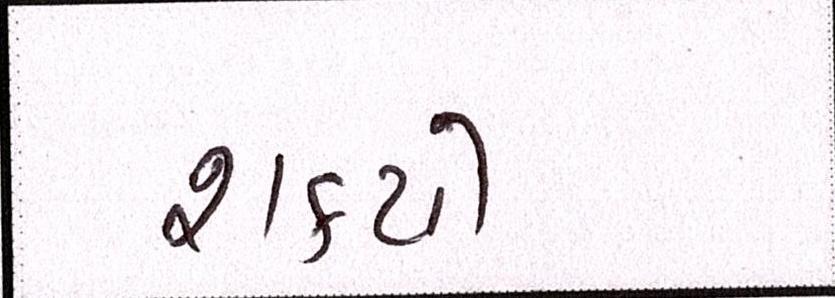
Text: શક્યો